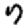
Digit: 7